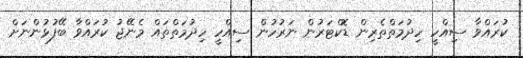
ކުރައްވާ ސިއްހީ ހިދުމަތްތެރިން ޑޮކްޓަރުން ނަރުހުން ސިއްހީ ހިދުމަތްތައް މެނޭޖު ކުރައްވާ ބޭފުޅުންނަށް